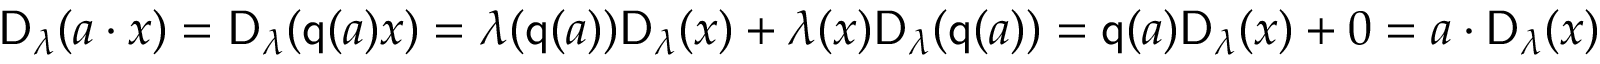
\begin{array} { r } { \mathsf { D } _ { \lambda } ( a \cdot x ) = \mathsf { D } _ { \lambda } ( \mathsf { q } ( a ) x ) = \lambda ( \mathsf { q } ( a ) ) \mathsf { D } _ { \lambda } ( x ) + \lambda ( x ) \mathsf { D } _ { \lambda } ( \mathsf { q } ( a ) ) = \mathsf { q } ( a ) \mathsf { D } _ { \lambda } ( x ) + 0 = a \cdot \mathsf { D } _ { \lambda } ( x ) } \end{array}